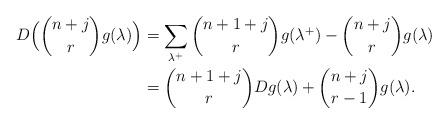
LaTeX: \begin{align*}D\Bigl(\binom{n+j}{r}g(\lambda)\Bigr) &=\sum_{\lambda^{+}}\binom{n+1+j}{r}g(\lambda^{+})-\binom{n+j}{r}g(\lambda)\\&=\binom{n+1+j}{r}Dg(\lambda)+\binom{n+j}{r-1}g(\lambda).\end{align*}